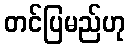
တင်ပြမည်ဟု